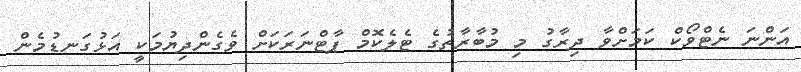
އަންނަ ނެޓްވޯކް ކަމަށްވާ ދިރާގު މި މުބާރާތުގެ ޓެލެކޮމް ޕާޓްނަރަކަށް ވެގެންދިޔުމަކީ އަޅުގަނޑުމެން